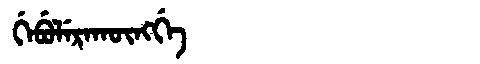
Manchu: ᡤᡝᠪᡠᠯᡝᡵᠠᡴᡡᠩᡤᡝ
Romanization: GEBULERAKŪNGGE